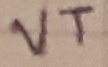
Text: VT